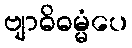
ဗျာဓိဓမ္မံပေ